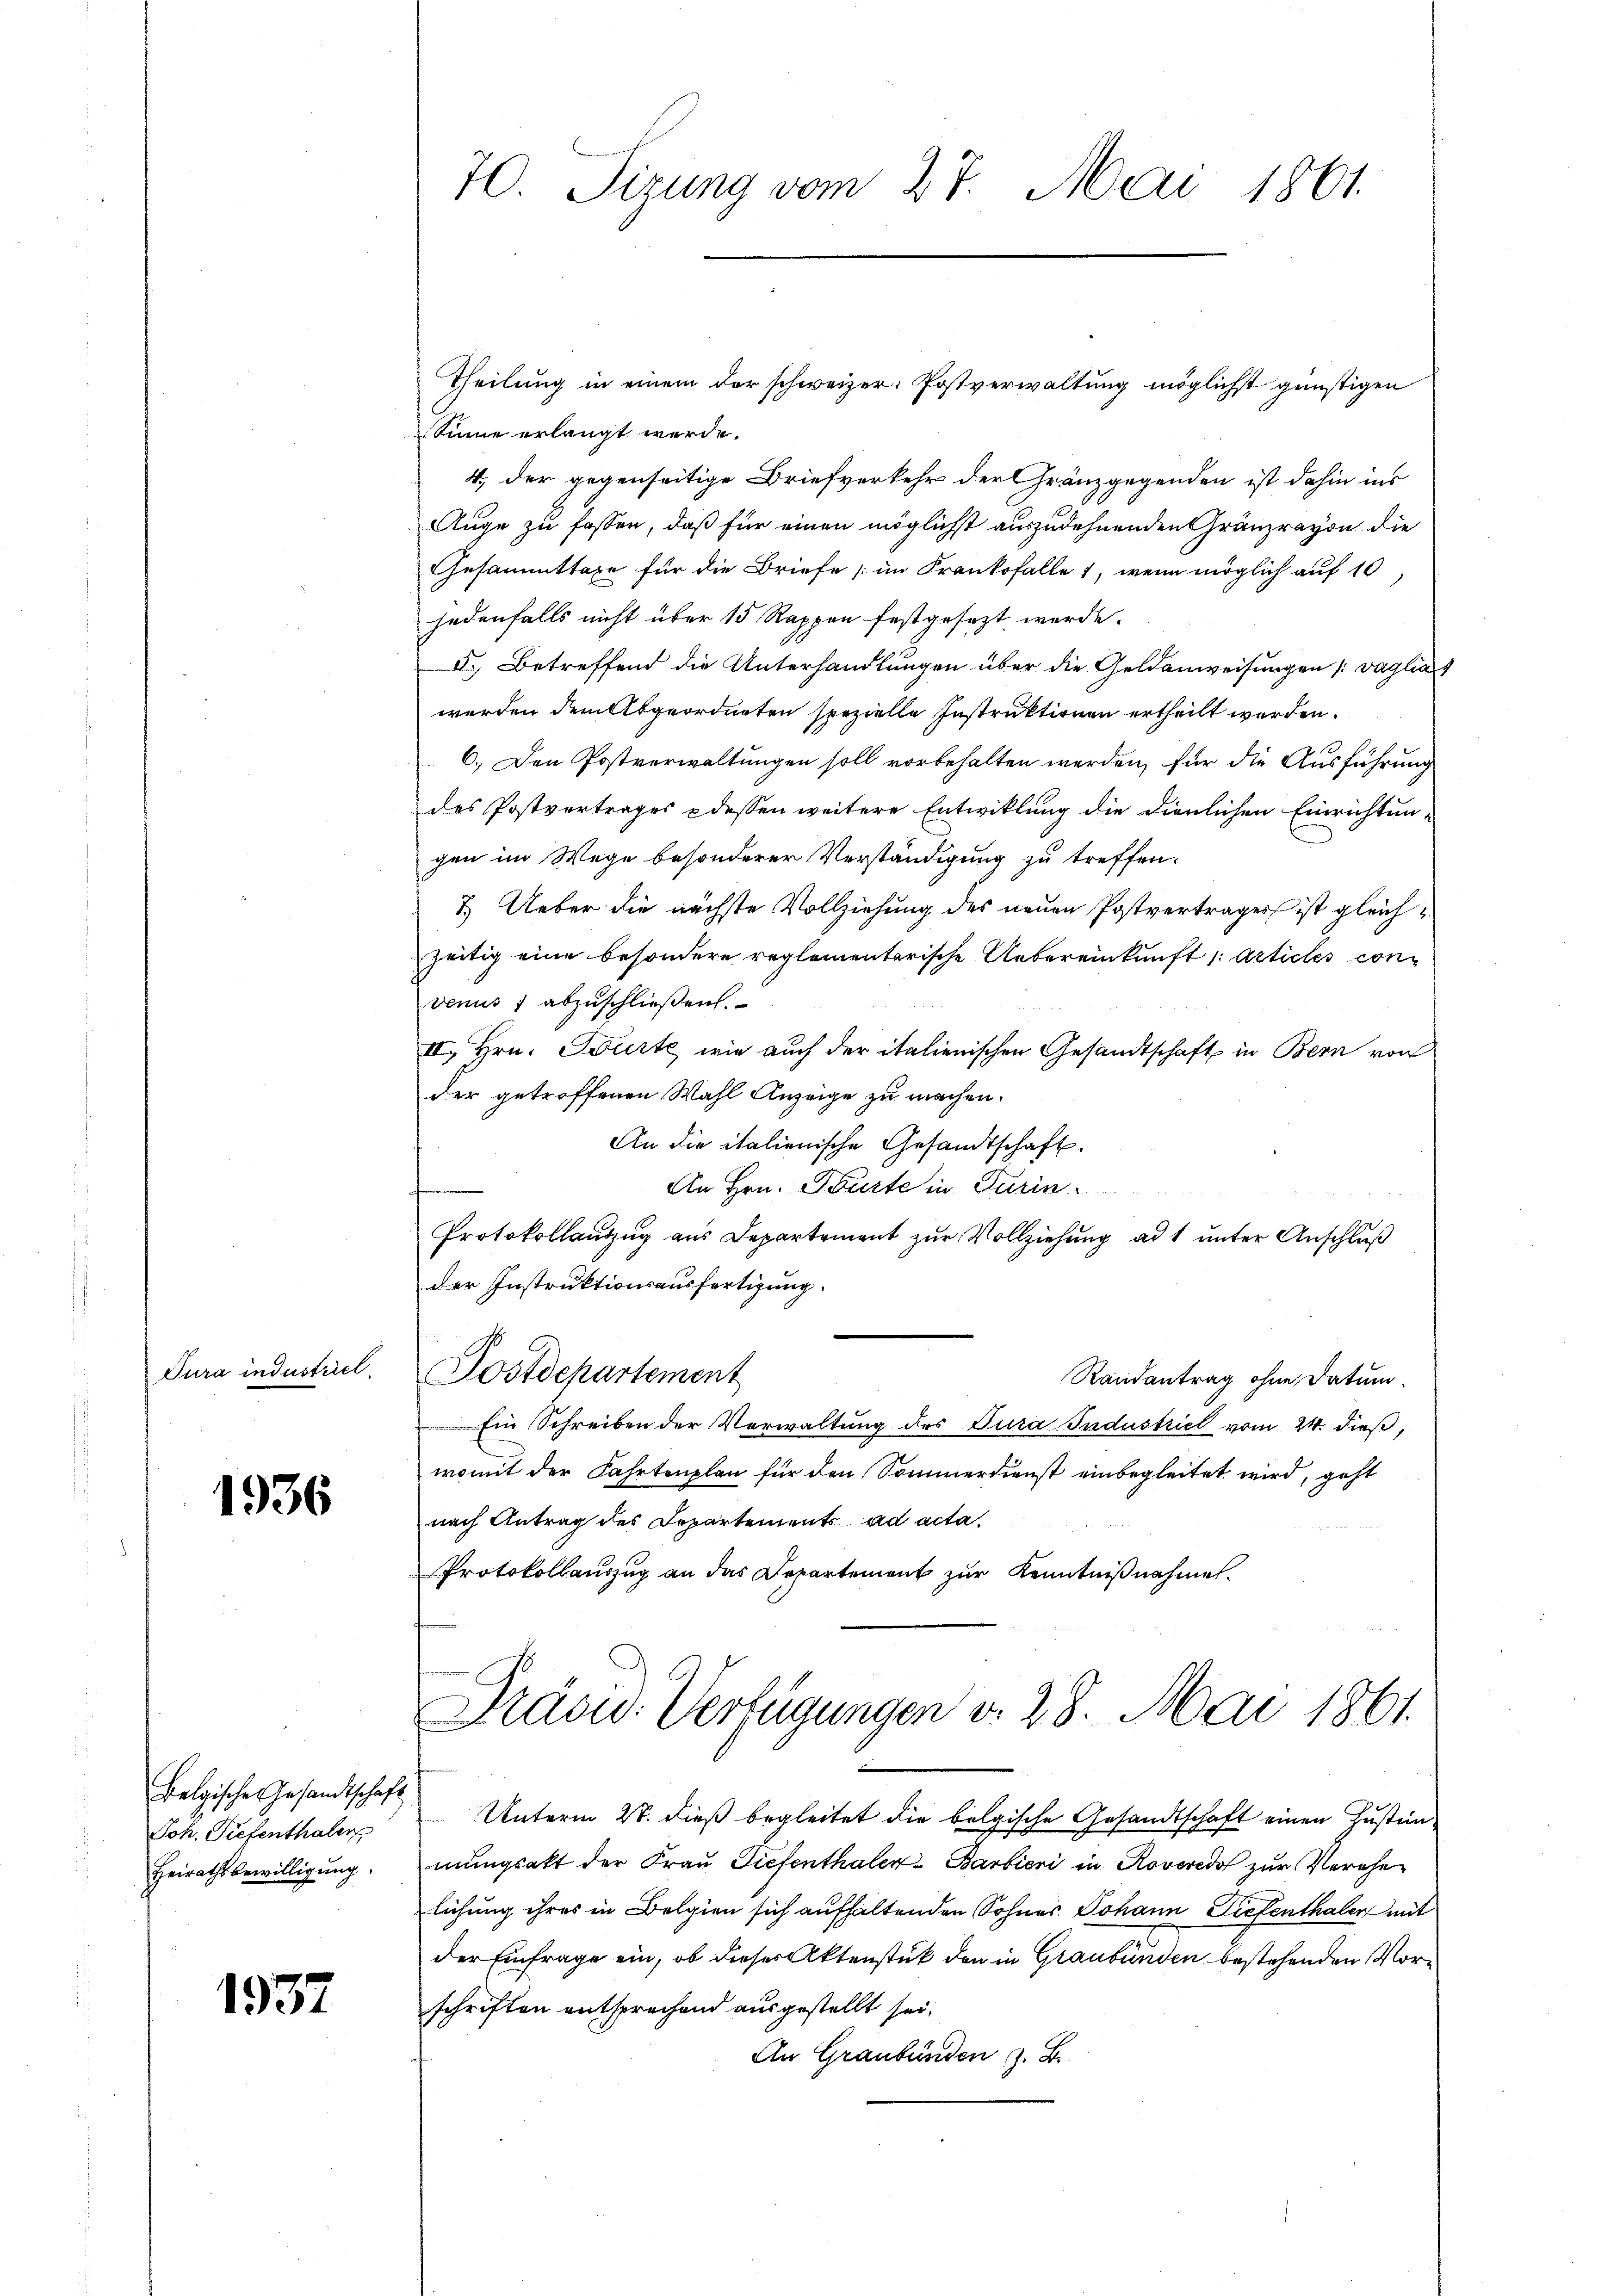
Tura industriel

1936

Belgische Gesandtschaft
Joh. Tiefenthaler
Heirathsbewilligung.

1937

70. Sizung vom 27. Mai 1861.

Sinne erlangt werde.
4, der gegenseitige Briefverkehr der Gränzgegenden ist dahin ins
Auge zu fassen, daß für einen möglichst auszudehnenden Gränzravon die
Gesammttaxe für die Briefe (im Frankofalle 1, wenn möglich auf 10,
jedenfalls nicht über 15 Rappen festgesezt werde.
d. Betreffend die Unterhandlungen über die Geldanweisungen [vaglia
werden dem Abgeordneten spezielle Instruktionen ertheilt werden.
6.) Den Postverwaltungen soll vorbehalten werden, für die Ausführung
des Postvertrages dessen weitere Entwicklung die dienlichen Einrichtun-
gen im Wege besonderer Verständigung zu treffen.
3.) Ueber die nächste Vollziehung des neuen Postvertrages ist gleichzeitig eine besondere reglementarische Uebereinkunft 1 Articles convenus 1 abzuschließen.
II. Hrn. Bürte, wie auch der italienischen Gesandtschaft in Bern von
der getroffenen Wahl Anzeige zu machen.
An die italienische Gesandtschaft.
An Hrn. Beurte in Turin
f
Protokollanzug aus Departement zur Vollziehung ad 1 unter Anschluß
der Instruktionsausfertigung.
Postdepartement
Randantrag ohne Datum.
Ein Schreiben der Verwaltung des Tura Industriel vom 24. dieß,
womit der Fahrtenplan für den Sommerdienst einbegleitet wird, geht
nach Antrag des Departement ad acta.
Protokollauszug an das Departement zur Kenntnißnahmet.

Theilung in einem der schweizer. Postverwaltung möglichst günstigen

Unterm 28. dieß begleitet die belgische Gesandtschaft einen Zustimmungsakt der Frau Tiefenthaler Barbieri in Roveredo zur Verehelichung ihres in Belgien sich aufhaltenden Sohnes Johann Diefenthalen mit
der Einfrage ein, ob dieser Aktenstück den in Graubünden bestehenden Vorschriften entsprechend ausgestellt sei.
An Graubünden z. B.

Präsid. Verfügungen v. 28. Mai 1861.